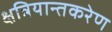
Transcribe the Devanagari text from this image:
क्षत्रियान्तकरेण